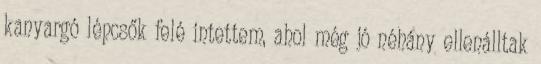
kanyargó lépcsők felé intettem, ahol még jó néhány ellenálltak